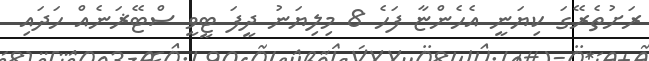
ރަށުތެރޭގަ ކިޔަނީ އެހެންޏާ ފަހެ 8 މިލިޔަނު ދީފަ ޓީވީ ސްޓޭޜަނެއް ހަދައި